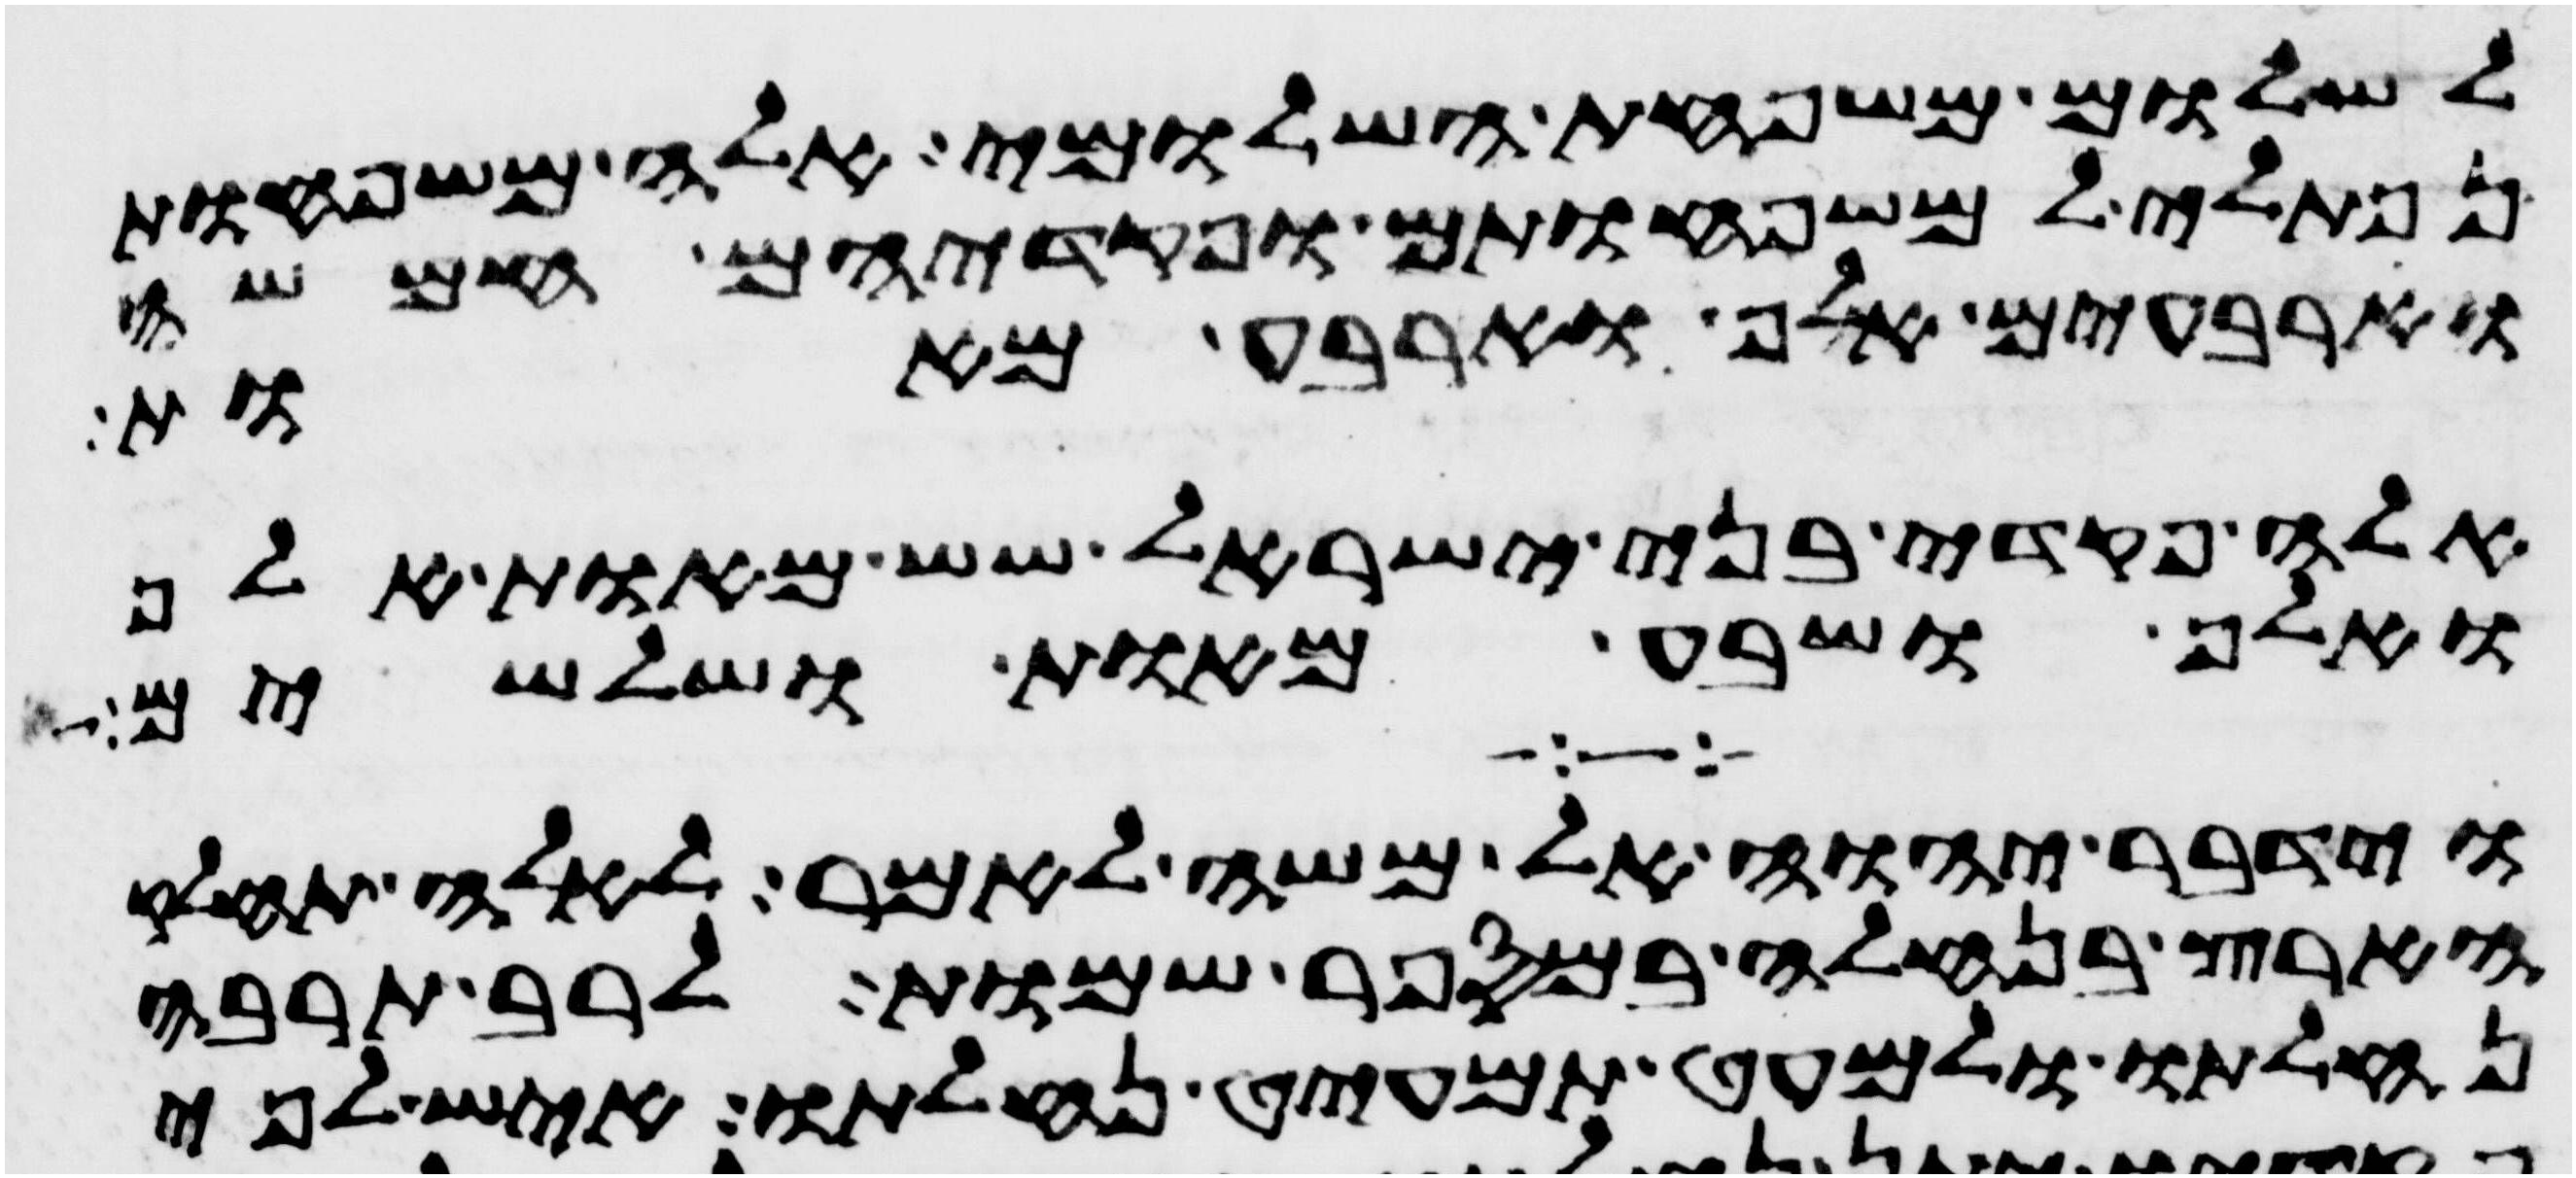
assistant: לשלום משפחת השלומי אלה משפחות
נפתלי למשפחותם ופקדיהם חמשה
וארבעים אלף וארבע מאות
אלה פקדי בני ישראל שש מאות אלף
ואלף ושבע מאות ושלשים
וידבר יהוה אל משה לאמר לאלה תחלק
הארץ בנחלה במספר שמות לרב תרבה
נחלתו ולמעט תמעיט נחלתו איש לפי